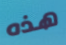
هذه